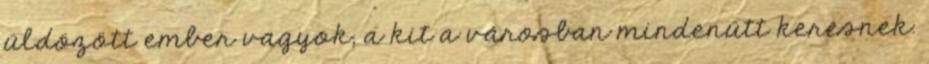
üldözött ember vagyok, a kit a városban mindenütt keresnek.